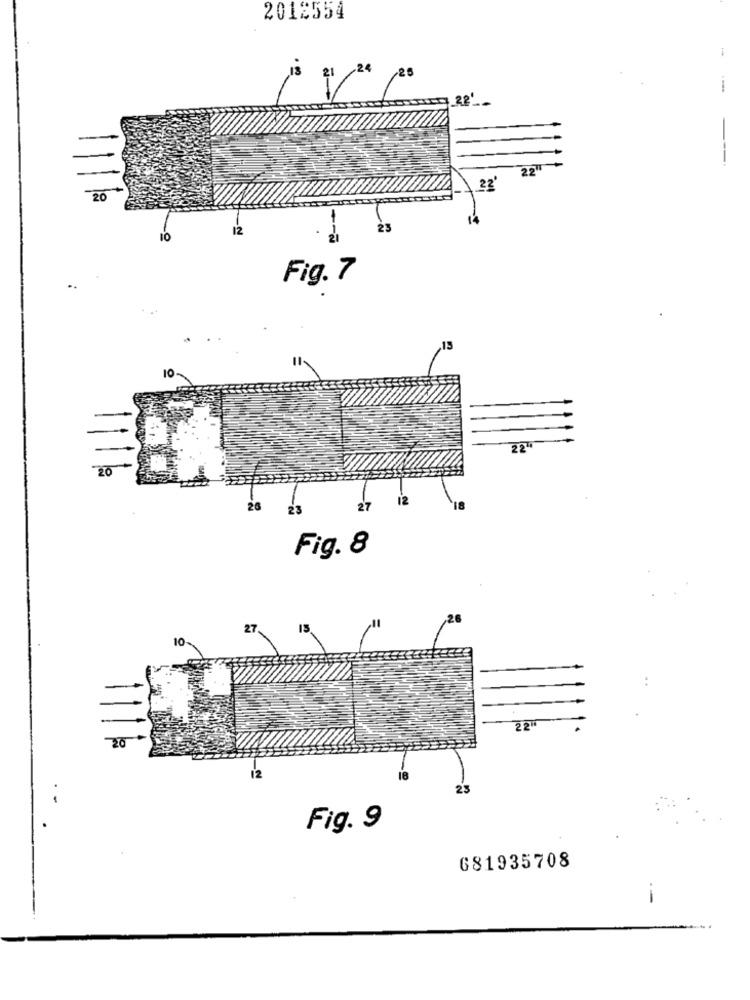
2012554
1
28'
---.
22
20
12
10
Fig. 7
10
22'
-20
12
26
23
27
18
Fig. 8
27.
22"
20
12
23
Fig. 9
681935708
-